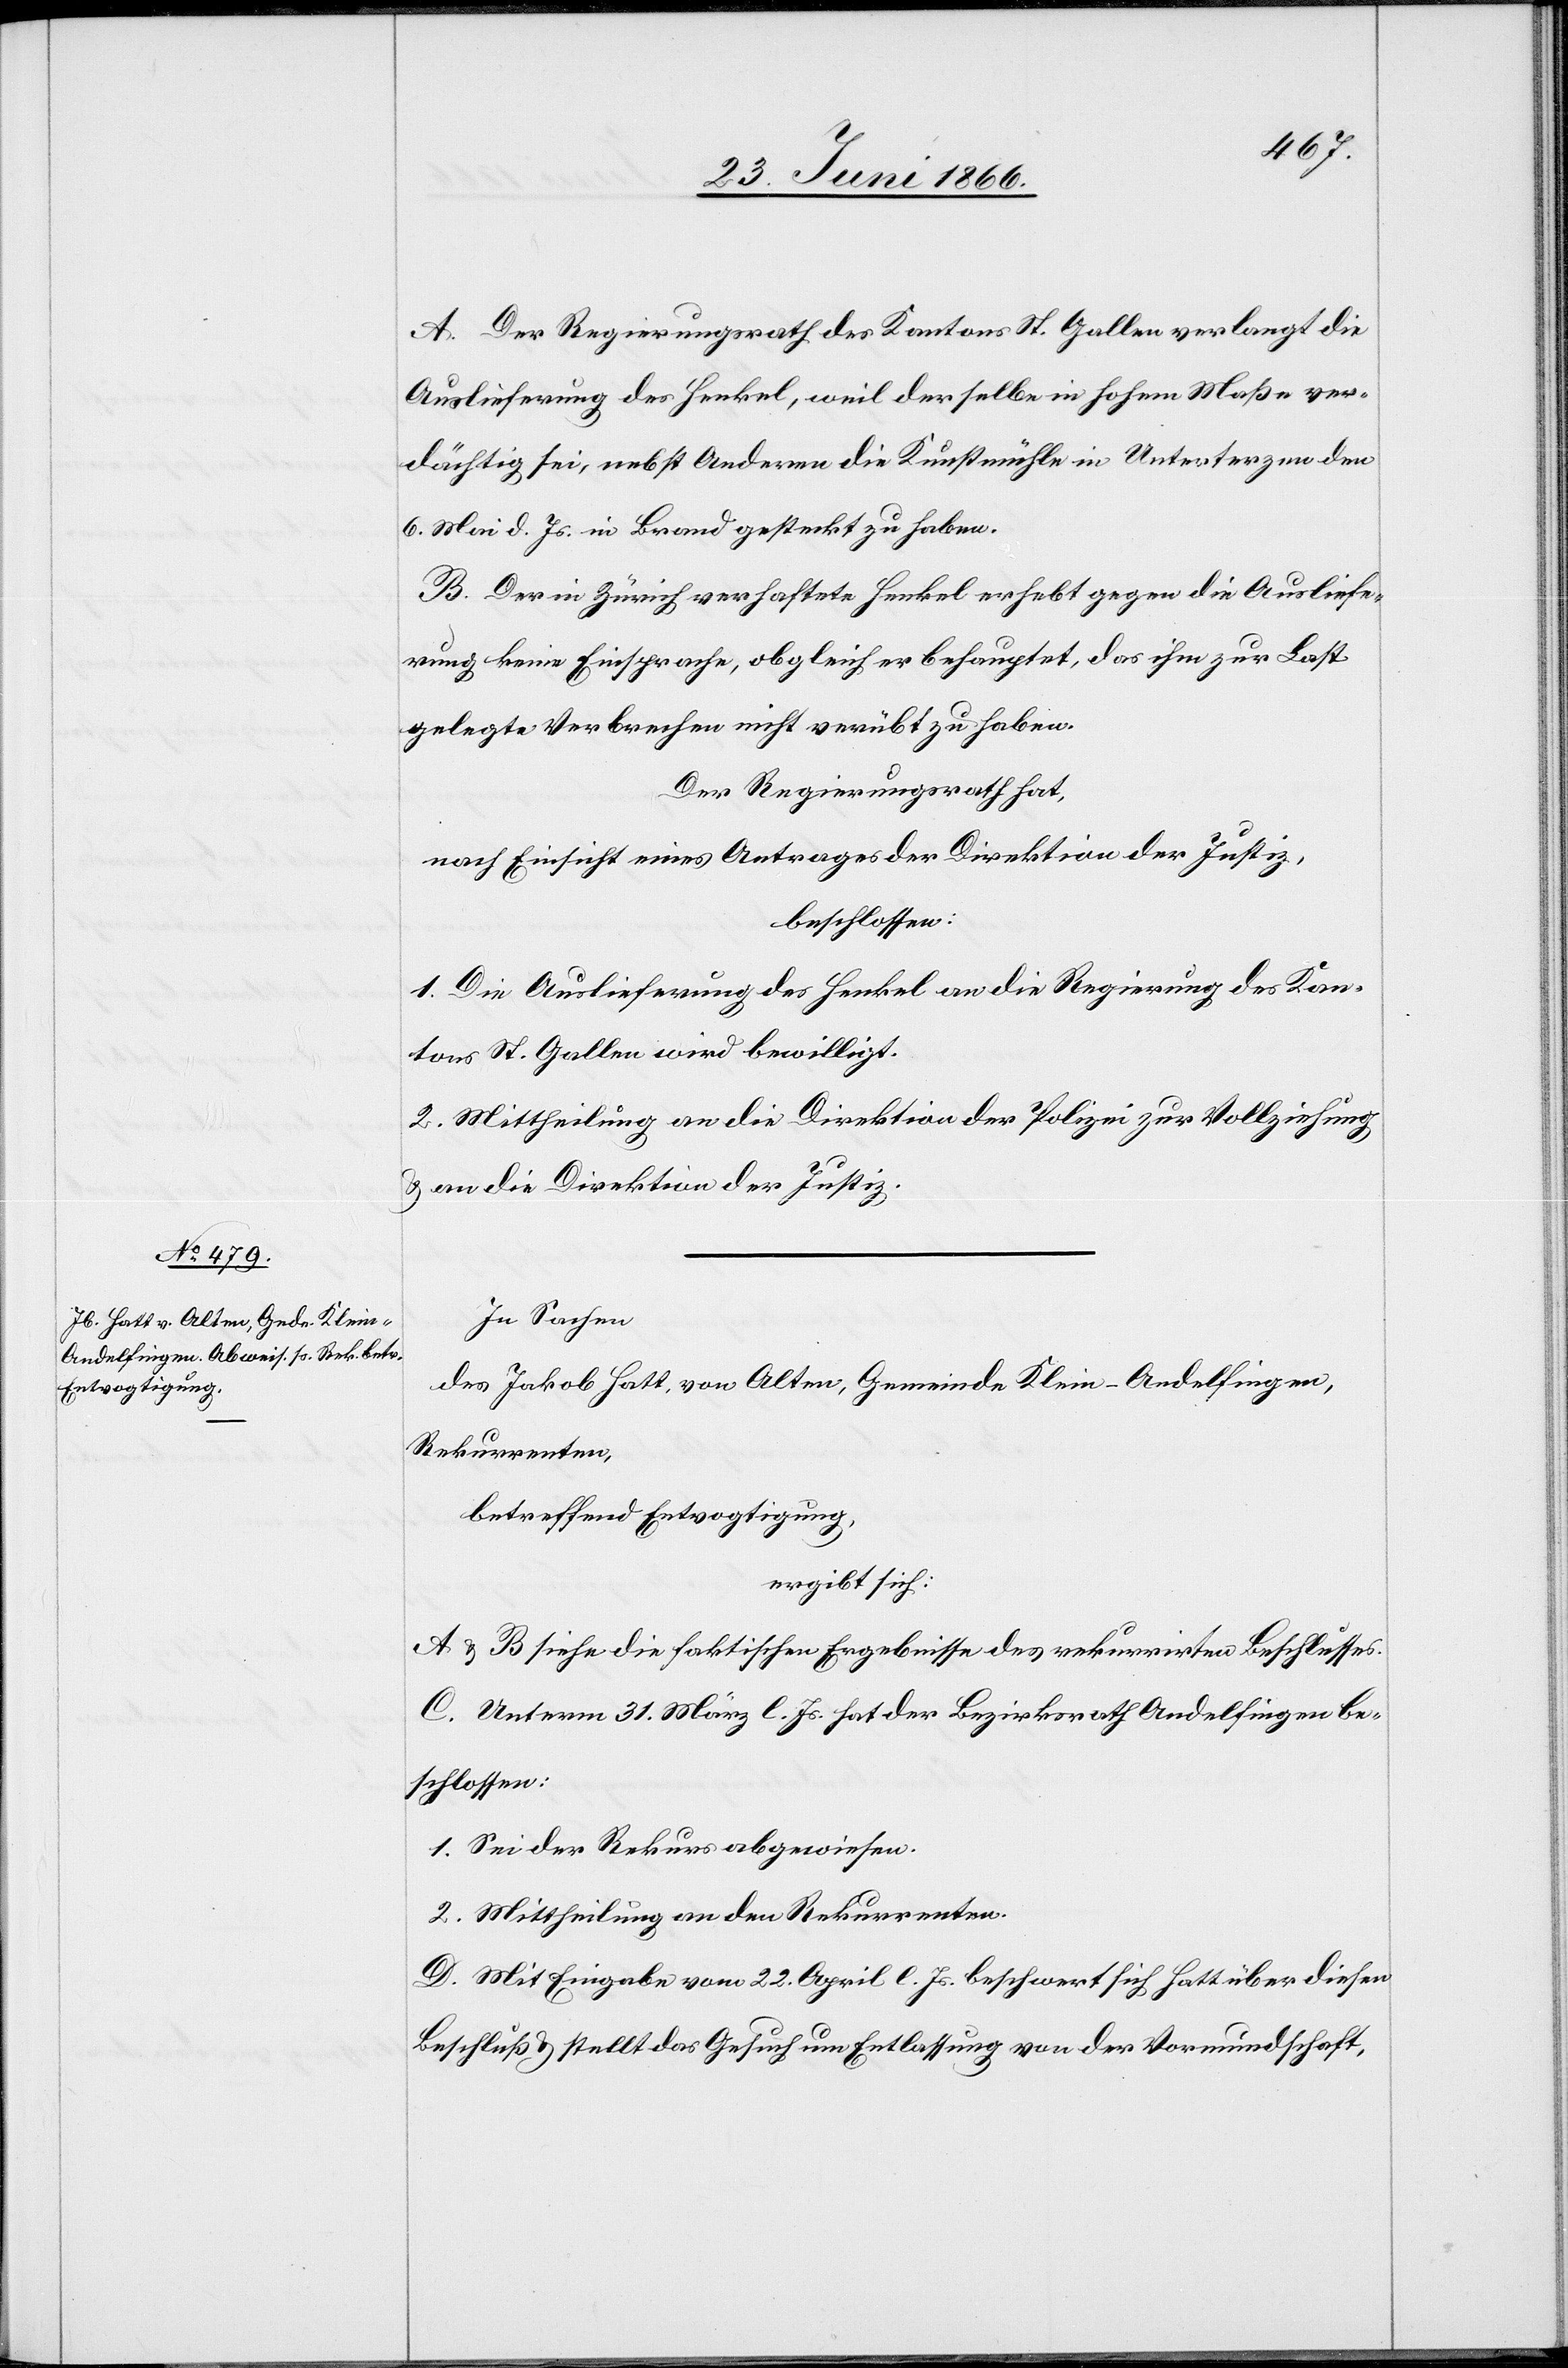
A. Der Regierungsrath des Kantons St. Gallen verlangt die
Auslieferung des Henkel, weil derselbe in hohem Maße ver¬
dächtig sei, nebst Anderem die Kunstmühle in Unterterzen den
6. Mai d. Js. in Brand gesteckt zu haben.
B. Der in Zürich verhaftete Henkel erhebt gegen die Ausliefe¬
rung keine Einsprache, obgleich er behauptet, das ihm zur Last
gelegte Verbrechen nicht verübt zu haben.
Der Regierungsrath hat,
nach Einsicht eines Antrages der Direktion der Justiz,
beschlossen:
1. Die Auslieferung des Henkel an die Regierung des Kan¬
tons St. Gallen wird bewilligt.
2. Mittheilung an die Direktion der Polizei zur Vollziehung
u. an die Direktion der Justiz.
In Sachen
des Jakob Hatt, von Alten, Gemeinde Klein-Andelfingen,
Rekurrenten,
betreffend Entvogtigung,
ergibt sich:
A u. B siehe die faktischen Ergebnisse des rekurrirten Beschlusses.
C. Unterm 31. März l. Js. hat der Bezirksrath Andelfingen be¬
schlossen:
1. Sei der Rekurs abgewiesen.
2. Mittheilung an den Rekurrenten.
D. Mit Eingabe vom 22. April l. Js. beschwert sich Hatt über diesen
Beschluß u. stellt das Gesuch um Entlassung von der Vormundschaft,